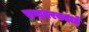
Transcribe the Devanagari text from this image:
चन्द्रवरबदाई